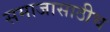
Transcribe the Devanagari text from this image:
समाजासाठीच